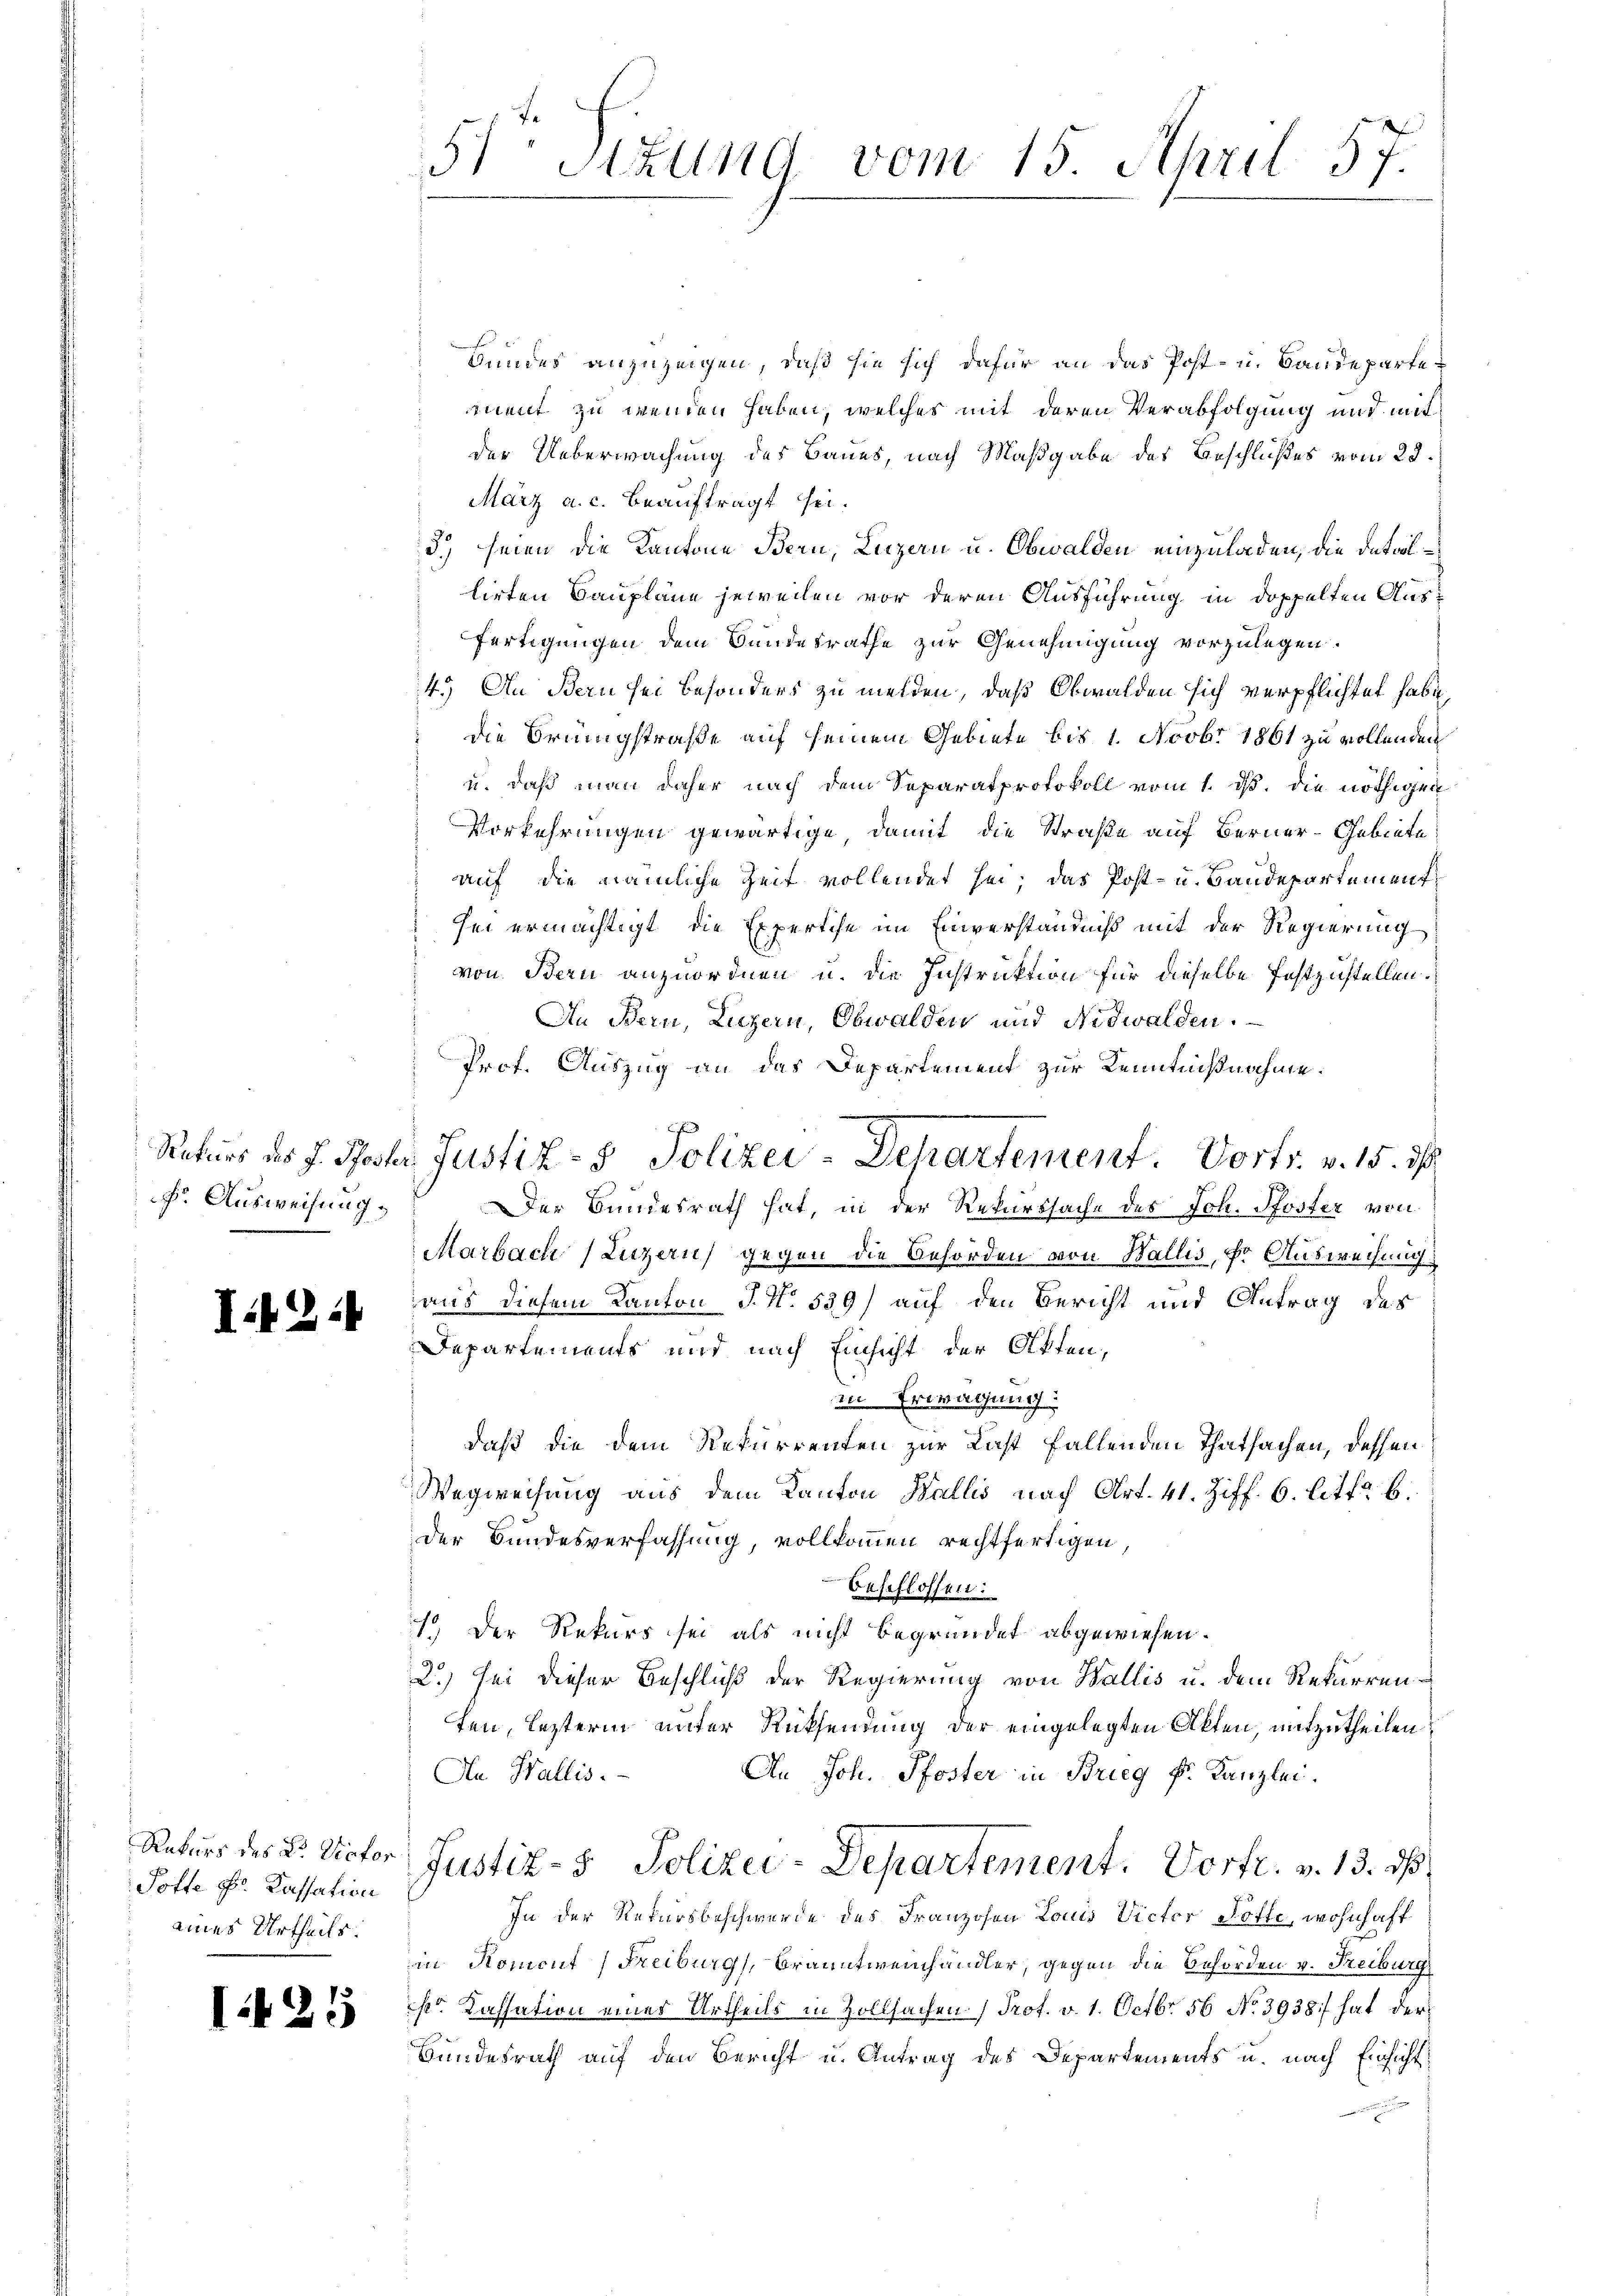
f. Ausweisung.

I.

I.125

2

Pofte Sr. Kassation
eines Urtheils.

f

Bundes anzuzeigen, daß sie sich dafür an das Post- u. Baudepartement zu wenden haben, welches mit deren Verabfolgung und mit
der Ueberwachung des Baues, nach Maßgabe des Beschlußes vom 28.
März a. c. beauftragt sei.
3.) seien die Kantone Bern, Luzern u. Obwalden einzuladen, die datirl
lirten Baupläne jeweilen vor deren Ausführung in doppelten Ausfertigungen dem Bundesrathe zur Genehmigung vorzulegen.
4.) An Bern sei besonders zu melden, daß Obwalden sich verpflichtet habe,
die Brüngstraße auf seinem Gebiete bis 1. Novbr 1861 zu vollenden
u. daß man daher nach dem Separatprotokoll vom 1. ds. die nöthigen
Vorkehrungen gewärtige, damit die Straße auf Berner-Gebiete
auf die nämliche Zeit vollendet sei; das Post- u. Baudepartement
hei ermächtigt, die Expertise im Einverständniß mit der Regierung
von Bern anzuordnen u. die Instruktion für dieselbe festzustellen.
An Bern, Luzern, Obwalden und Nidwalden.
Prof. Auszug an das Departement zur Kenntnißnahme.
Rekurs des J. Poster Justiz- & Polizei-Departement. Vortr. v. 15. 11.
Der Bundesrath hat, in der Rekurssache des Joh. Pfoster von
Marbach (Luzern) gegen die Behörden von Wallis, Er Ausweisung
aus diesem Kanton J. N. 539) auf den Bericht und Antrag des
Departements und nach Einsicht der Akten,
in Erwägung:
daß die dem Rekurrenten zur Last fallenden Thatsachen, dessen
Wegweisung aus dem Kanton Wallis nach Art. 41. Ziff. 6. litt: 6.
der Bundesverfassung, vollkommen rechtfertigen,
beschlossen:
1. Der Rekurs sei als nicht begründet abgewiesen.
2.) sei dieser Beschluß der Regierung von Wallis u. dem Rekurrenfen, lezterm unter Rücksendung der eingelegten Akten, mitzutheilen
An Wallis.
An Joh. Pfoster in Brieg k. Kanzlei.
Rekurs des D. Rector Justiz- & Polizei-Departement. Vortr. v. 13. ds
In der Rekursbeschwerde des Franzosen Louis Victor offe, wohnhaft
in Koment Freiburg, Branntweinhändler, gegen die Behörden v. Freiburg
kr. Kassation eines Urtheils in Zollsachen (Prot. v. 1. Octbr. 56 No. 3938 hat der
Bundesrath auf den Bericht u. Antrag des Departements u. nach Einsicht¬

51 Sizung vom 15. April 57.